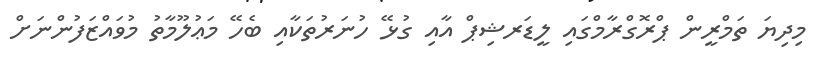
މިދިޔަ ތަމްރީން ޕްރޮގްރާމްގައި ލީޑަރޝިޕް އާއި ގުޅޭ ހުނަރުތަކާއި ބެހޭ މަޢުލޫމާތު މުވައްޒަފުންނަށް